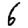
Digit: 6